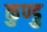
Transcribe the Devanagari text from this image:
कुण्डु